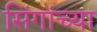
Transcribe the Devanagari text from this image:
सिंगांच्या